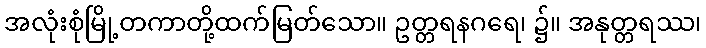
အလုံးစုံမြို့တကာတို့ထက်မြတ်သော။ ဥတ္တရနဂရေ၊ ၌။ အနုတ္တရဿ၊